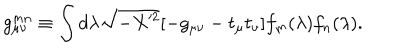
g _ { \mu \nu } ^ { m n } \equiv \int d \lambda \sqrt { - X ^ { 2 } } [ - g _ { \mu \nu } - t _ { \mu } t _ { \nu } ] f _ { m } ( \lambda ) f _ { n } ( \lambda ) .